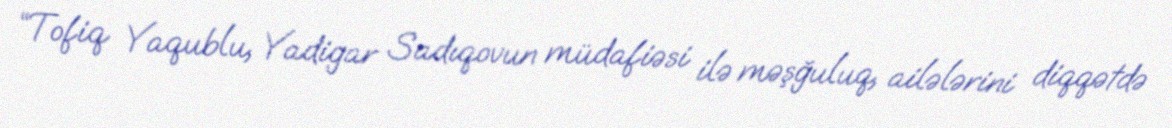
“Tofiq Yaqublu, Yadigar Sadıqovun müdafiəsi ilə məşğuluq, ailələrini diqqətdə